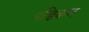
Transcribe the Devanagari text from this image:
पङिकल